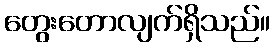
တွေးတောလျက်ရှိသည်။